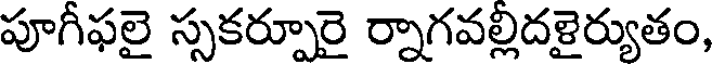
పూగీఫలై స్సకర్పూరై ర్నాగవల్లిదళైర్యుతం,